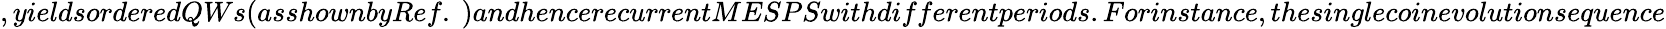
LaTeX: ,yieldsorderedQWs(asshownbyRef.~)andhencerecurrentMESPSwithdifferentperiods.Forinstance,thesinglecoinevolutionsequence